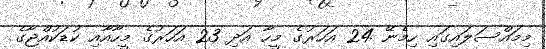
މިމައްސަލައިގައި ހިމެނޭ 24 އަހަރުގެ މީހާ އަދި 23 އަހަރުގެ މީހާއާއި ކުޑަކުއްޖާގެ